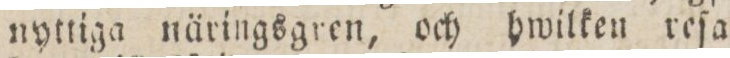
nyttiga näringsgren, och hwilken reſa